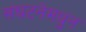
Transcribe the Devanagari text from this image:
संघटनेमधुन